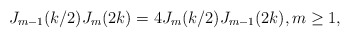
\begin{align*}J_{m-1}(k/2) J_m(2k) = 4J_m(k/2) J_{m-1}(2k), m \ge 1,\end{align*}